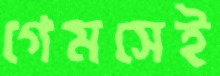
গেমসেই